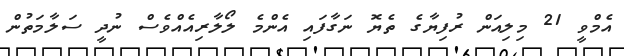
އެމްވީ 21 މިލިއަން ރުފިޔާގެ ތެޔޮ ނަގާފައި އެންމެ ލޯލާރިއެއްވެސް ނުދީ ސަލާމަތުން